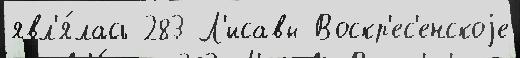
явл'я́лась 283 Л'исавы Воскр'ес'енскоjе